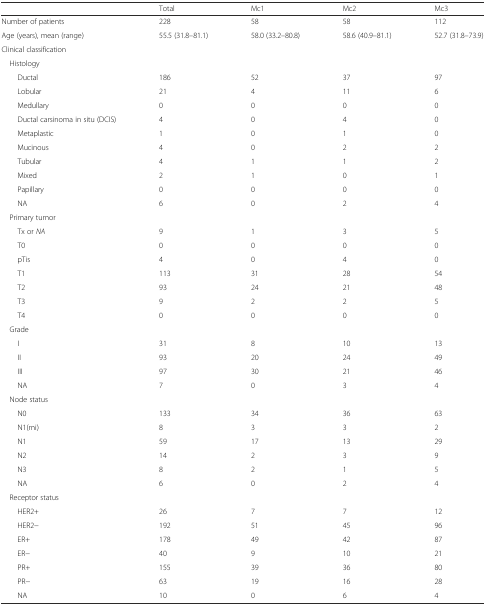
|  | Total | Mc1 | Mc2 | Mc3 |
 | --- | --- | --- | --- | --- |
 | Number of patients | 228 | 58 | 58 | 112 |
 | Age (years), mean (range) | 55.5 (31.8–81.1) | 58.0 (33.2–80.8) | 58.6 (40.9–81.1) | 52.7 (31.8–73.9) |
 | Clinical classification |  |  |  |  |
 | Histology |  |  |  |  |
 | Ductal | 186 | 52 | 37 | 97 |
 | Lobular | 21 | 4 | 11 | 6 |
 | Medullary | 0 | 0 | 0 | 0 |
 | Ductal carsinoma in situ (DCIS) | 4 | 0 | 4 | 0 |
 | Metaplastic | 1 | 0 | 1 | 0 |
 | Mucinous | 4 | 0 | 2 | 2 |
 | Tubular | 4 | 1 | 1 | 2 |
 | Mixed | 2 | 1 | 0 | 1 |
 | Papillary | 0 | 0 | 0 | 0 |
 | NA | 6 | 0 | 2 | 4 |
 | Primary tumor |  |  |  |  |
 | Tx or NA | 9 | 1 | 3 | 5 |
 | T0 | 0 | 0 | 0 | 0 |
 | pTis | 4 | 0 | 4 | 0 |
 | T1 | 113 | 31 | 28 | 54 |
 | T2 | 93 | 24 | 21 | 48 |
 | T3 | 9 | 2 | 2 | 5 |
 | T4 | 0 | 0 | 0 | 0 |
 | Grade |  |  |  |  |
 | I | 31 | 8 | 10 | 13 |
 | II | 93 | 20 | 24 | 49 |
 | III | 97 | 30 | 21 | 46 |
 | NA | 7 | 0 | 3 | 4 |
 | Node status |  |  |  |  |
 | N0 | 133 | 34 | 36 | 63 |
 | N1(mi) | 8 | 3 | 3 | 2 |
 | N1 | 59 | 17 | 13 | 29 |
 | N2 | 14 | 2 | 3 | 9 |
 | N3 | 8 | 2 | 1 | 5 |
 | NA | 6 | 0 | 2 | 4 |
 | Receptor status |  |  |  |  |
 | HER2+ | 26 | 7 | 7 | 12 |
 | HER2− | 192 | 51 | 45 | 96 |
 | ER+ | 178 | 49 | 42 | 87 |
 | ER− | 40 | 9 | 10 | 21 |
 | PR+ | 155 | 39 | 36 | 80 |
 | PR− | 63 | 19 | 16 | 28 |
 | NA | 10 | 0 | 6 | 4 |